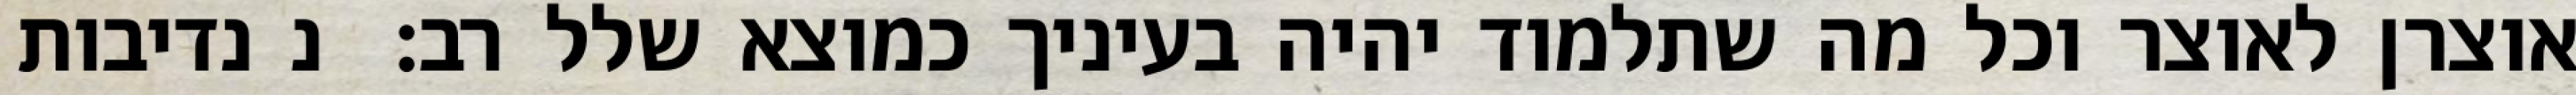
אוצרן לאוצר וכל מה שתלמוד יהיה בעיניך כמוצא שלל רב:  נ נדיבות